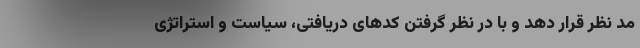
مد نظر قرار دهد و با در نظر گرفتن کدهای دریافتی، سیاست و استراتژی